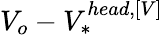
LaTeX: V_{o}-V_{*}^{head,\left[V\right]}